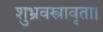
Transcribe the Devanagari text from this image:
शुभ्रवस्त्रावृता।